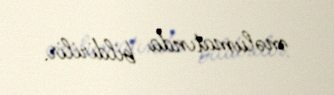
məlumatında bildirilir.